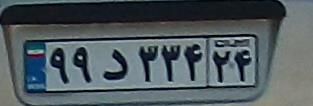
۹۹د۳۳۴۲۴